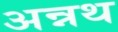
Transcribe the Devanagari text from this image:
अन्नथ